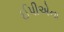
ઈપીએના